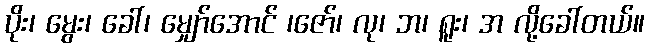
ပိုး၊ မွေး၊ ခေါ်၊ မျှော်အောင် ၊ဇော်၊ လု၊ ဘ၊ ရူး၊ အ လို့ခေါ်တယ်။